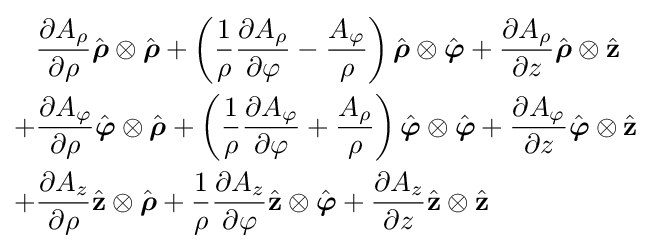
{\begin{aligned}{}&{\frac {\partial A_{\rho }}{\partial \rho }}{\hat {\boldsymbol {\rho }}}\otimes {\hat {\boldsymbol {\rho }}}+\left({\frac {1}{\rho }}{\frac {\partial A_{\rho }}{\partial \varphi }}-{\frac {A_{\varphi }}{\rho }}\right){\hat {\boldsymbol {\rho }}}\otimes {\hat {\boldsymbol {\varphi }}}+{\frac {\partial A_{\rho }}{\partial z}}{\hat {\boldsymbol {\rho }}}\otimes {\hat {\mathbf {z} }}\\{}+&{\frac {\partial A_{\varphi }}{\partial \rho }}{\hat {\boldsymbol {\varphi }}}\otimes {\hat {\boldsymbol {\rho }}}+\left({\frac {1}{\rho }}{\frac {\partial A_{\varphi }}{\partial \varphi }}+{\frac {A_{\rho }}{\rho }}\right){\hat {\boldsymbol {\varphi }}}\otimes {\hat {\boldsymbol {\varphi }}}+{\frac {\partial A_{\varphi }}{\partial z}}{\hat {\boldsymbol {\varphi }}}\otimes {\hat {\mathbf {z} }}\\{}+&{\frac {\partial A_{z}}{\partial \rho }}{\hat {\mathbf {z} }}\otimes {\hat {\boldsymbol {\rho }}}+{\frac {1}{\rho }}{\frac {\partial A_{z}}{\partial \varphi }}{\hat {\mathbf {z} }}\otimes {\hat {\boldsymbol {\varphi }}}+{\frac {\partial A_{z}}{\partial z}}{\hat {\mathbf {z} }}\otimes {\hat {\mathbf {z} }}\end{aligned}}